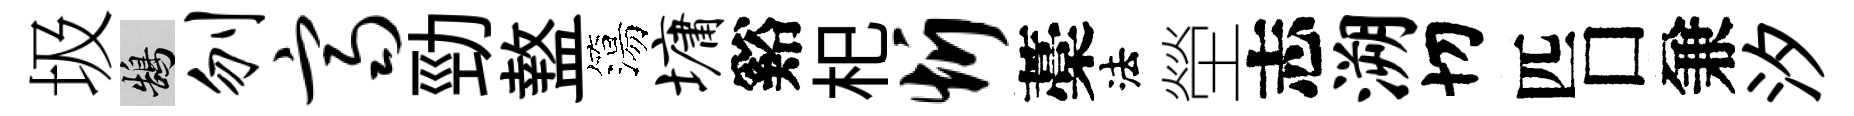
圾鵠刎齐勁盩簜墉谿𣏌忻藁法塋志溯切匹□兼汐